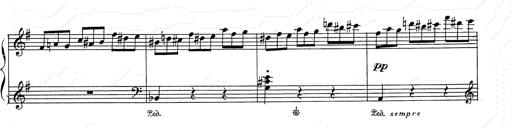
Title: 6 Polish Songs
Composer: Franz Liszt